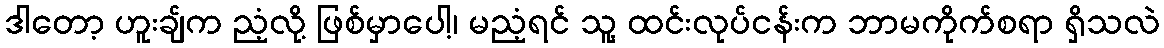
ဒါတော့ ဟူးချ်က ညံ့လို့ ဖြစ်မှာပေါ့၊ မညံ့ရင် သူ့ ထင်းလုပ်ငန်းက ဘာမကိုက်စရာ ရှိသလဲ